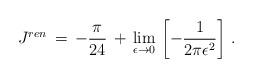
LaTeX: \begin{align*}J^{ren}\,=\,-\frac{\pi}{24}\,+\,\lim_{\epsilon\to 0}\,\left[-\frac{1}{2\pi\epsilon^2}\right]\,{.}\end{align*}